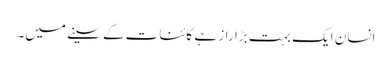
انسان ایک بہت بڑا راز ہے کائنات کے سینے میں۔